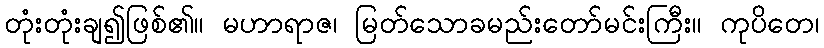
တုံးတုံးချ၍ဖြစ်၏။ မဟာရာဇ၊ မြတ်သောခမည်းတော်မင်းကြီး။ ကုပိတေ၊